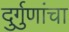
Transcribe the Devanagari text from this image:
दुर्गुणांचा